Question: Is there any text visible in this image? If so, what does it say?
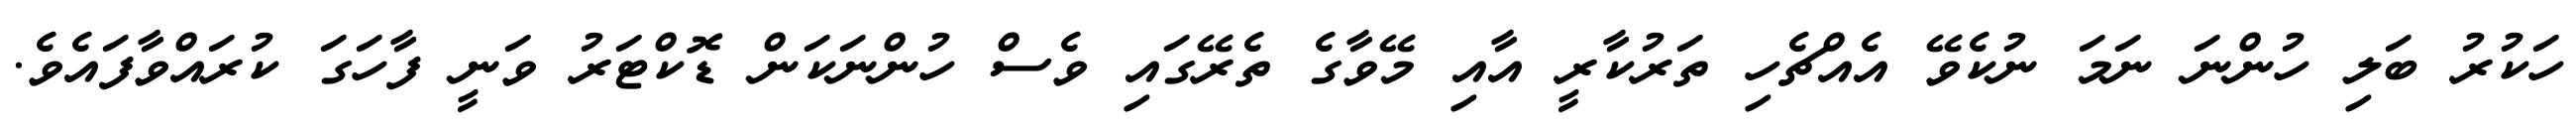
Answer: ހަކުރު ބަލި ހުންނަ ނަމަ ނުކެވޭ އެއްޗެހި ތަރުކާރީ އާއި މޭވާގެ ތެރޭގައި ވެސް ހުންނަކަން ޑޮކްޓަރު ވަނީ ފާހަގަ ކުރައްވާފައެވެ.